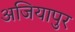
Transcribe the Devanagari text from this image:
अजियापुर